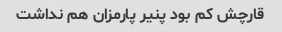
قارچش کم بود پنیر پارمزان هم نداشت